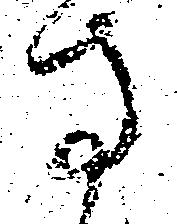
寺